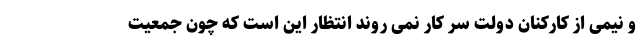
و نیمی از کارکنان دولت سر کار نمی روند انتظار این است که چون جمعیت